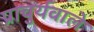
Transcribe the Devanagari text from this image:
प्राचुर्यवाले